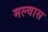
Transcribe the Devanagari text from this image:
मल्वास